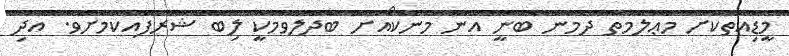
މީޑިއާތަކަށް މަޢުލުމާތު ދެމުން ބުނީ އޭނާ މޮނާކޯއަށް ބަދަލުވުމަކީ ލިބޭ ޝަރަފެއްކަމަށެވެ. އަދި